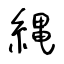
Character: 縄